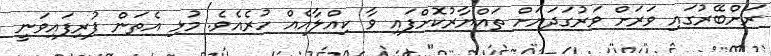
ރަށްބޭރުގައި ވަރަށް ވަރުގަދަޔަށް ތައްޔާރުކޮށްފައި ވާ ކިއްލާއެއް ހުރެއެވެ. މުޅި އެތަން ފުރިފައިވަނީ